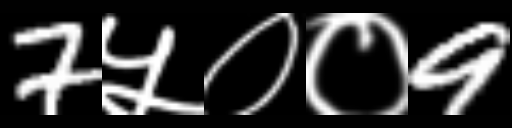
Text: 7५००9